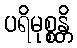
ပရိမုစ္စန္တိ